Annual report on the mental hospital in the Central Provinces and Berar (Nagpur) - 1927-1951
Year: 1927
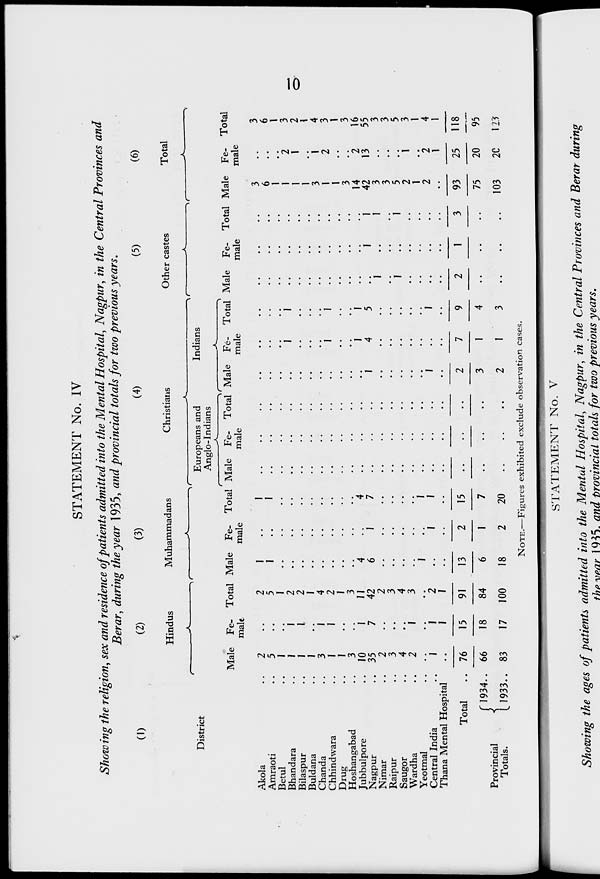
10
STATEMENT No. IV
Showing the religion, sex and residence of patients admitted into the Mental Hospital, Nagpur, in the Central Provinces and
Berar, during the year 1935, and provincial totals for two previous years.
(1)
District
Akola ..
Amraoti ..
Betul ..
Bhandara ..
Bilaspur ..
Buldana ..
Chanda ..
Chhindwara ..
Drug ..
Hoshangabad ..
Jubbulpore ..
Nagpur ..
Nimar ..
Raipur ..
Saugor ..
Wardha ..
Yeotmal ..
Central India ..
Thana Mental Hospital
Total ..
Provincial
Totals.
1934 ..
1933 ..
(2)
Hindus
Male
2
5
1
1
1
1
3
1
1
3
10
35
2
3
4
2
..
1
..
76
66
83
Fe-
male
..
..
..
1
1
..
1
1
..
..
1
7
..
..
..
1
..
1
1
15
18
17
Total
2
5
1
2
2
1
4
2
1
3
11
42
2
3
4
3
..
2
1
91
84
100
(3)
Muhammadans
Male
1
1
..
..
..
..
..
..
..
..
4
6
..
..
..
..
..
..
..
13
6
18
Fe-
male
..
..
..
..
..
..
..
..
..
..
..
1
..
..
..
..
..
1
..
2
1
2
Total
1
1
..
..
..
..
..
..
..
..
4
7
..
..
..
..
1
1
..
15
7
20
(4)
Christians
Europeans and
Anglo-Indians
Male
..
..
..
..
..
..
..
..
..
..
..
..
..
..
..
..
..
..
..
..
..
..
Fe-
male
..
..
..
..
..
..
..
..
..
..
..
..
..
..
..
..
..
..
..
..
..
..
Total
..
..
..
..
..
..
..
..
..
..
..
..
..
..
..
..
..
..
..
..
..
..
Indians
Male
..
..
..
..
..
..
..
..
..
..
..
1
..
..
..
..
..
1
..
2
3
2
Fe-
male
..
..
..
1
..
..
..
1
..
..
1
4
..
..
..
..
..
..
..
7
1
1
Total
..
..
..
1
..
..
..
1
..
..
1
5
..
..
..
..
..
1
..
9
4
3
(5)
Other castes
Male
..
..
..
..
..
..
..
..
..
..
..
..
1
..
1
..
..
..
..
2
..
..
Fe-
male
..
..
..
..
..
..
..
..
..
..
..
1
..
..
..
..
..
..
..
1
..
..
Total
..
..
..
..
..
..
..
..
..
..
..
1
1
..
1
..
..
..
..
3
..
..
(6)
Total
Male
3
6
1
1
1
1
3
1
1
3
14
42
3
3
5
2
1
2
..
93
75
103
Fe-
male
..
..
..
2
1
..
1
2
..
..
2
13
..
..
..
1
..
2
1
25
20
20
Total
3
6
1
3
2
1
4
3
1
3
16
55
3
3
5
3
1
4
1
118
95
123
NOTE.—Figures exhibited exclude observation cases.